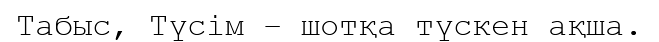
Табыс, Түсім – шотқа түскен ақша.